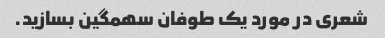
شعری در مورد یک طوفان سهمگین بسازید.